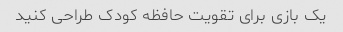
یک بازی برای تقویت حافظه کودک طراحی کنید